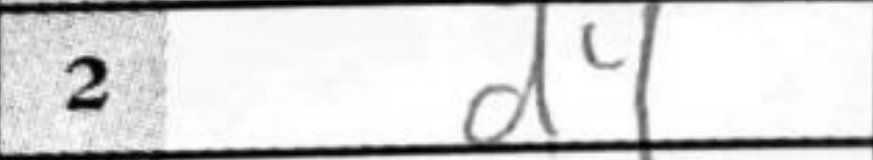
Transcription: d4